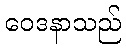
ဝေဒနာသည်